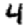
Digit: 4